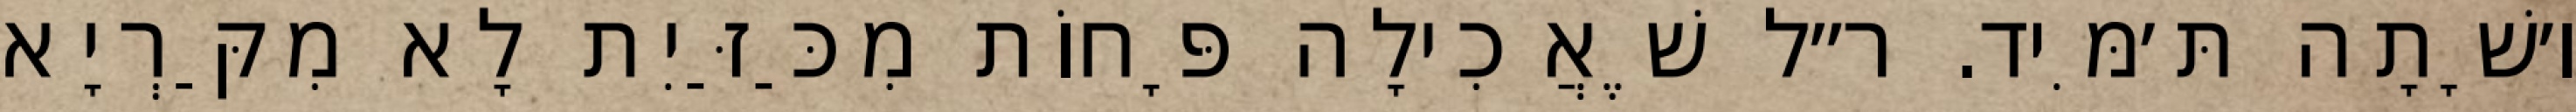
ו׳שָׁתָה תּ׳מִּיד. ר״ל שֶׁאֲכִילָה פָּחוֹת מִכַּזַּיִת לָא מִקַּרְיָא